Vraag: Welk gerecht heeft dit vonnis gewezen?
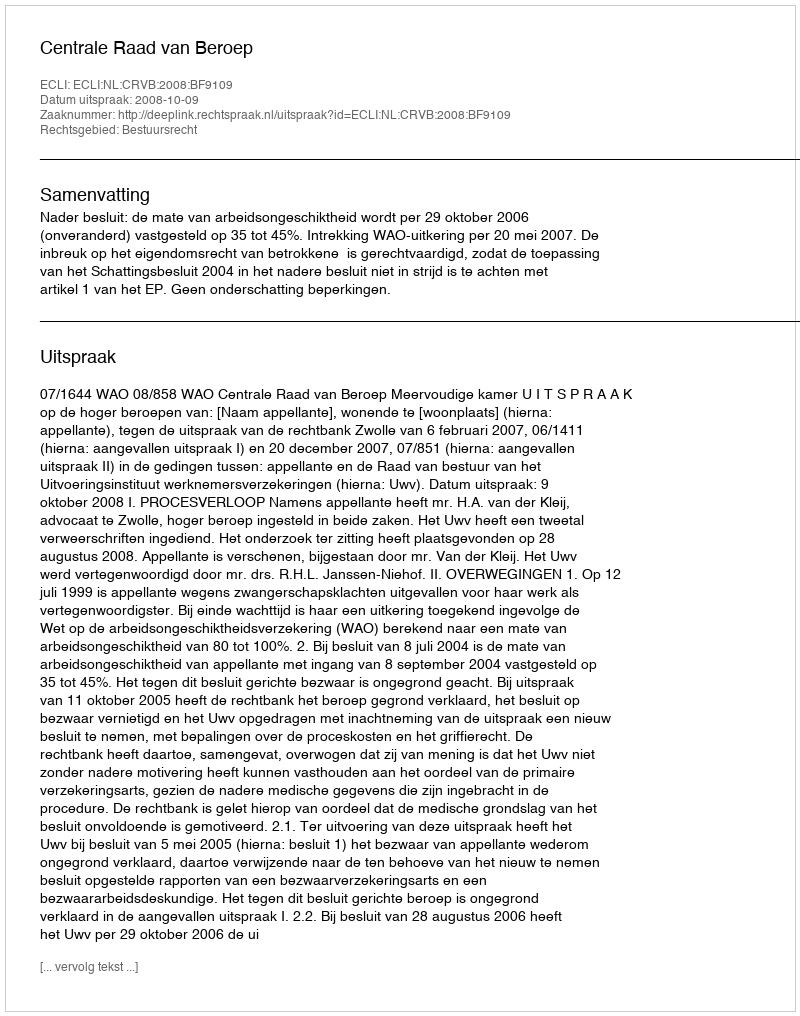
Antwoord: Centrale Raad van Beroep